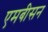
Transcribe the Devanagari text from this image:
एमबीसन